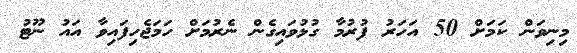
މިނިވަން ކަމަށް 50 އަހަރު ފުރުމާ ގުޅުވައިގެން ނެރުމަށް ހަމަޖެހިފައިވާ އައު ނޫޓު